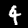
Digit: 4